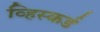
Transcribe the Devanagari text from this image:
व्हिस्कर्ड